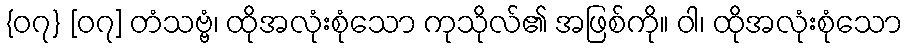
{၀၇} [၀၇] တံသဗ္ဗံ၊ ထိုအလုံးစုံသော ကုသိုလ်၏ အဖြစ်ကို။ ဝါ၊ ထိုအလုံးစုံသော